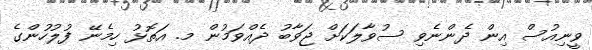
ވީނިއުސް އިން ދެންނެވި ސުވާލަކަށް ޖަވާބު ދެއްވަމުން މ. އަތޮޅު ހިމެނޭ ފުލުހުންގެ